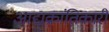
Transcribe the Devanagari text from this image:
आद्यक्रांतिकारी